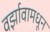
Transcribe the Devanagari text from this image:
वर्झावामधून